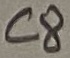
Text: C8